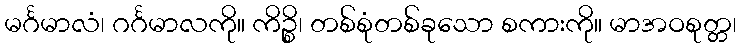
မင်္ဂမာလံ၊ ဂင်္ဂမာလကို။ ကိဉ္စိ၊ တစ်စုံတစ်ခုသော စကားကို။ မာအဝစုတ္တ၊